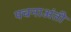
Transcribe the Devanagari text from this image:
पचनाअंती